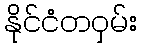
နိုင်ငံတဝှမ်း